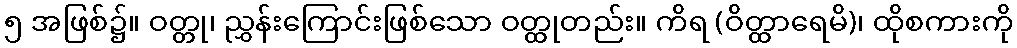
၅ အဖြစ်၌။ ဝတ္တု၊ ညွှန်းကြောင်းဖြစ်သော ဝတ္ထုတည်း။ ကိရ (ဝိတ္ထာရေမိ)၊ ထိုစကားကို